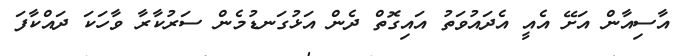
އާސިއާން އަށޭ އެއީ އެދައުވަތު އައިގޮތް ދެން އަޅުގަނޑުމެން ސަރުކާރާ ވާހަކަ ދައްކާފަ